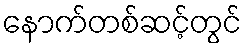
နောက်တစ်ဆင့်တွင်